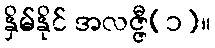
နှိမ်နိုင် အလဇ္ဇီ(၁)။